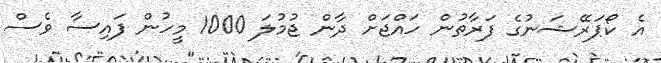
އެ ކޯޕަރޭޝަނުގެ ފަރާތުން ހައްޖަށް ދާން ޖުމުލަ 1000 މީހުން ފައިސާ ވެސް